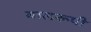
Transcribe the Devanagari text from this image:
बालरूपी